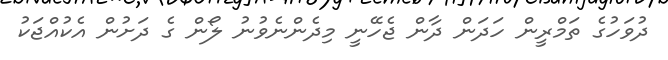
ދުވަހުގެ ތަމްރީން ހަދަން ދާން ޖެހޭނީ މިދެންނެވުނު ލޯން ގެ ދަށުން އެކުއްޖަކު